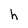
Character: h